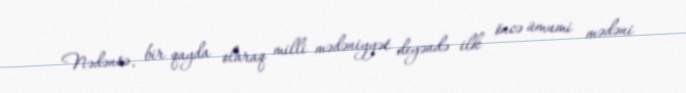
Nədənsə, bir qayda olaraq milli mədəniyyət deyəndə ilk öncə ümumi mədəni